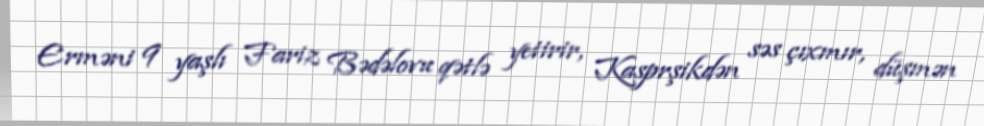
Erməni 9 yaşlı Fariz Bədəlovu qətlə yetirir, Kasprşikdən səs çıxmır, düşmən